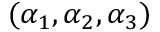
( \alpha _ { 1 } , \alpha _ { 2 } , \alpha _ { 3 } )